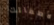
لأطفالك